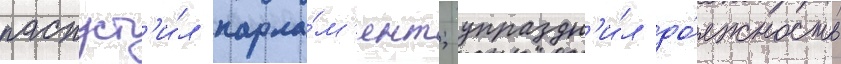
распуст'и́л парла́м'ент; упраздн'и́л до́лжность